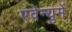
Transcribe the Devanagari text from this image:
एवेन्युमें